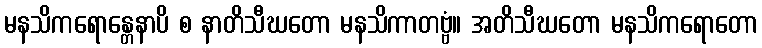
မနသိကရောန္တေနာပိ စ နာတိသီဃတော မနသိကာတဗ္ဗံ။ အတိသီဃတော မနသိကရောတော